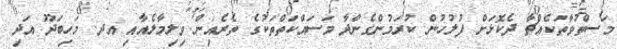
މަސްތުވާތަކެއްޗާ ދެކޮޅަށް ފުލުހުން ކުރަމުންގެންދާ މަސައްކަތްތަކުގެ ތެރެއިން ވިލިމާލެއާއި އދ. މަހިބަދޫ އަދި